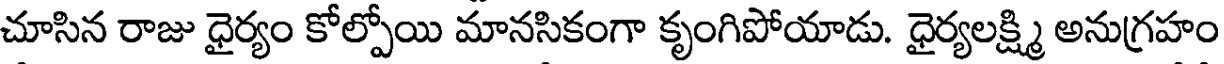
చూసిన రాజు ధైర్యం కోల్పోయి మానసికంగా కృంగిపోయాడు. ధైర్యలక్ష్మి అనుగ్రహం